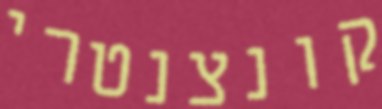
קונצנטרי